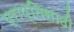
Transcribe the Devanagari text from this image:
प्राप्तिसाठी